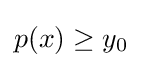
{\textstyle p(x)\geq y_{0}}